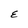
Character: E